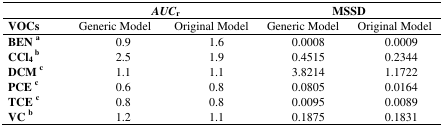
<table><thead><tr><td></td><td colspan="2"><b><i>AUC</i><sub>r</sub></b></td><td colspan="2"><b>MSSD</b></td></tr><tr><td><b>VOCs</b></td><td><b>Generic Model</b></td><td><b>Original Model</b></td><td><b>Generic Model</b></td><td><b>Original Model</b></td></tr></thead><tbody><tr><td><b>BEN</b>a</td><td>0.9</td><td>1.6</td><td>0.0008</td><td>0.0009</td></tr><tr><td><b>CCl</b><b><sub>4</sub></b>b</td><td>2.5</td><td>1.9</td><td>0.4515</td><td>0.2344</td></tr><tr><td><b>DCM</b>c</td><td>1.1</td><td>1.1</td><td>3.8214</td><td>1.1722</td></tr><tr><td><b>PCE</b>c</td><td>0.6</td><td>0.8</td><td>0.0805</td><td>0.0164</td></tr><tr><td><b>TCE</b>c</td><td>0.8</td><td>0.8</td><td>0.0095</td><td>0.0089</td></tr><tr><td><b>VC</b>b</td><td>1.2</td><td>1.1</td><td>0.1875</td><td>0.1831</td></tr></tbody></table>